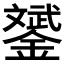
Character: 𨭉